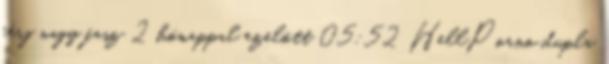
férj nagy fasz 2 hónappal ezelőtt 05:52 HellPorno dupla